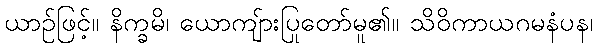
ယာဉ်ဖြင့်။ နိက္ခမိ၊ ယောကျ်ားပြုတော်မူ၏။ သိဝိကာယဂမနံပန၊